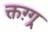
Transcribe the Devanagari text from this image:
क्तग़्ग्र्